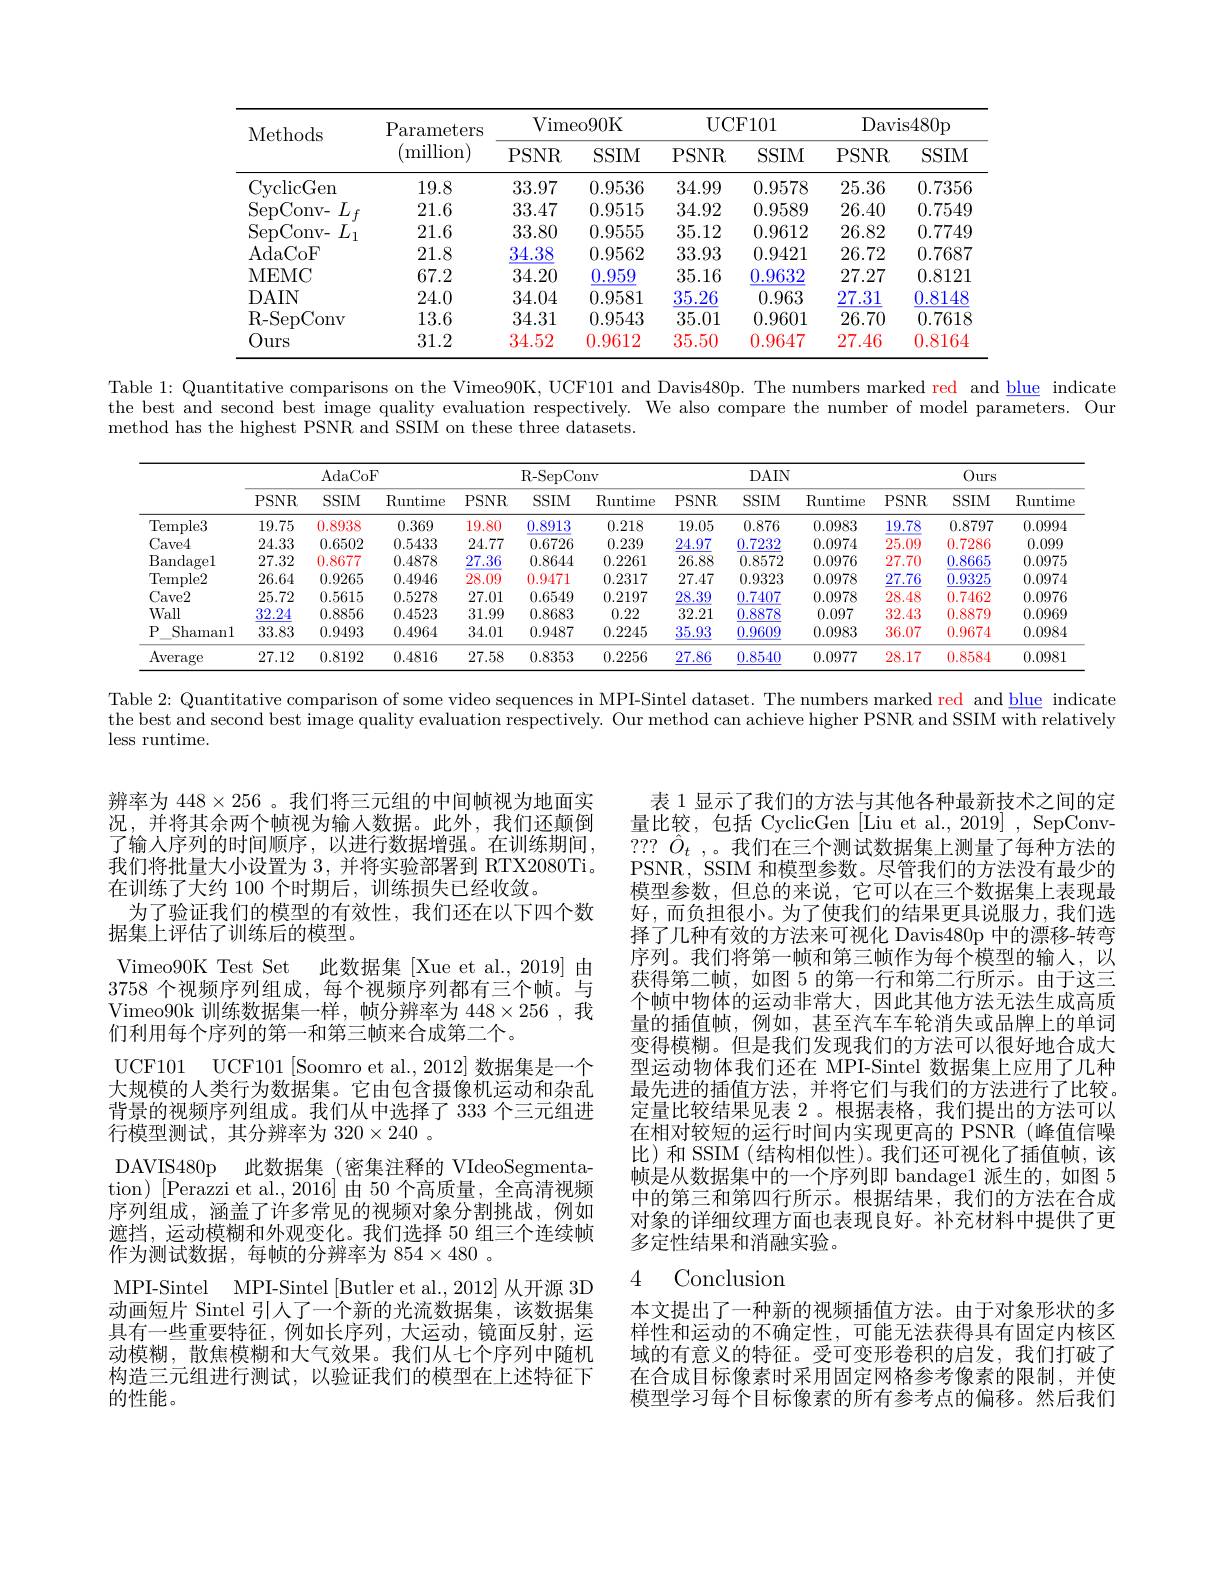
<table>
	<tbody>
		<tr>
			<th rowspan="2">Methods</th>
			<th rowspan="2">$\mathrm{P}_{i}$ arameters (million)</th>
			<th colspan="2">Vimeo90K</th>
			<th colspan="2">UCF101</th>
			<th colspan="2">Davis480p</th>
		</tr>
		<tr>
			<th>$PSNR$</th>
			<th>$SSIM$</th>
			<th>$PSNR$</th>
			<th>$SSIM$</th>
			<th>PSNR</th>
			<th>$SSIM$</th>
		</tr>
		<tr>
			<td>CyclicGen</td>
			<td>19.8</td>
			<td>33.97</td>
			<td>0.9536</td>
			<td>34.99</td>
			<td>0.9578</td>
			<td>25.36</td>
			<td>0.7356</td>
		</tr>
		<tr>
			<td>SepConv- $L$ $f$</td>
			<td>21.6</td>
			<td>33.47</td>
			<td>0.9515</td>
			<td>34.92</td>
			<td>0.9589</td>
			<td>26.40</td>
			<td>0.7549</td>
		</tr>
		<tr>
			<td>SepConv- $L_{1}$</td>
			<td>21.6</td>
			<td>33.80</td>
			<td>0.9555</td>
			<td>35.12</td>
			<td>0.9612</td>
			<td>26.82</td>
			<td>0.7749</td>
		</tr>
		<tr>
			<td>AdaCoF</td>
			<td>21.8</td>
			<td>34.38</td>
			<td>0.9562</td>
			<td>33.93</td>
			<td>0.9421</td>
			<td>26.72</td>
			<td>0.7687</td>
		</tr>
		<tr>
			<td>MEMC</td>
			<td>67.2</td>
			<td>34.20</td>
			<td>0.959</td>
			<td>35.16</td>
			<td>0.9632</td>
			<td>27.27</td>
			<td>0.8121</td>
		</tr>
		<tr>
			<td>DAIN</td>
			<td>24.0</td>
			<td>34.04</td>
			<td>0.9581</td>
			<td>35.26</td>
			<td>0.963</td>
			<td>27.31</td>
			<td>0.8148</td>
		</tr>
		<tr>
			<td>R- SepConv</td>
			<td>13.6</td>
			<td>34.31</td>
			<td>0.9543</td>
			<td>35.01</td>
			<td>0.9601</td>
			<td>26.70</td>
			<td>0.7618</td>
		</tr>
		<tr>
			<td>Ours</td>
			<td>31.2</td>
			<td>34.52</td>
			<td>0.9612</td>
			<td>35.50</td>
			<td>0.9647</td>
			<td>27.46</td>
			<td>0.8164</td>
		</tr>
	</tbody>
</table>

Table 1: Quantitative comparisons on the Vimeo90K, UCF101 and Davis480p. The numbers marked red and blue indicate the best and second best image quality evaluation respectively. We also compare the number of model parameters. Our method has the highest PSNR and SSIM on these three datasets.

<table>
	<tbody>
		<tr>
			<th> </th>
			<th colspan="3">AdaCoF</th>
			<th colspan="3">R- SepConv</th>
			<th colspan="3">$DAIN$</th>
			<th colspan="3">Ours</th>
		</tr>
		<tr>
			<th> </th>
			<th>PSNR</th>
			<th>SSIM</th>
			<th>$\operatorname{Runtime}$</th>
			<th>PSNR</th>
			<th>SSIM</th>
			<th>$\operatorname{Runtime}$</th>
			<th>PSNR</th>
			<th>SSIM</th>
			<th>$\operatorname{Runtime}$</th>
			<th>PSNR</th>
			<th>SSIM</th>
			<th>$\operatorname{Runtime}$</th>
		</tr>
		<tr>
			<td>Temple3</td>
			<td>19.75</td>
			<td>0.8938</td>
			<td>0.369</td>
			<td>19.80</td>
			<td>0.8913</td>
			<td>0.218</td>
			<td>19.05</td>
			<td>0.876</td>
			<td>0.0983</td>
			<td>19.78</td>
			<td>0.8797</td>
			<td>0.0994</td>
		</tr>
		<tr>
			<td>$Cave4$</td>
			<td>24.33</td>
			<td>0.6502</td>
			<td>0.5433</td>
			<td>24.77</td>
			<td>0.6726</td>
			<td>0.239</td>
			<td>24.97</td>
			<td>0.7232</td>
			<td>0.0974</td>
			<td>25.09</td>
			<td>0.7286</td>
			<td>0.099</td>
		</tr>
		<tr>
			<td>$\mathbf{B};$ ${\mathrm{andagel}}$</td>
			<td>27.32</td>
			<td>0.8677</td>
			<td>0.4878</td>
			<td>27.36</td>
			<td>0.8644</td>
			<td>0.2261</td>
			<td>26.88</td>
			<td>0.8572</td>
			<td>0.0976</td>
			<td>27.70</td>
			<td>0.8665</td>
			<td>0.0975</td>
		</tr>
		<tr>
			<td>$\operatorname{Temple2}$</td>
			<td>26.64</td>
			<td>0.9265</td>
			<td>0.4946</td>
			<td>28.09</td>
			<td>0.9471</td>
			<td>0.2317</td>
			<td>27.47</td>
			<td>0.9323</td>
			<td>0.0978</td>
			<td>27.76</td>
			<td>0.9325</td>
			<td>0.0974</td>
		</tr>
		<tr>
			<td>Cave2</td>
			<td>25.72</td>
			<td>0.5615</td>
			<td>0.5278</td>
			<td>27.01</td>
			<td>0.6549</td>
			<td>0.2197</td>
			<td>28.39</td>
			<td>0.7407</td>
			<td>0.0978</td>
			<td>28.48</td>
			<td>0.7462</td>
			<td>0.0976</td>
		</tr>
		<tr>
			<td>Wall</td>
			<td>32.24</td>
			<td>0.8856</td>
			<td>0.4523</td>
			<td>31.99</td>
			<td>0.8683</td>
			<td>0.22</td>
			<td>32.21</td>
			<td>0.8878</td>
			<td>0.097</td>
			<td>32.43</td>
			<td>0.8879</td>
			<td>0.0969</td>
		</tr>
		<tr>
			<td>$P$ $\underline{Shaman1}$</td>
			<td>33.83</td>
			<td>0.9493</td>
			<td>0.4964</td>
			<td>34.01</td>
			<td>0.9487</td>
			<td>0.2245</td>
			<td>$\underline{35.93}$</td>
			<td>0.9609</td>
			<td>0.0983</td>
			<td>36.07</td>
			<td>0.9674</td>
			<td>0.0984</td>
		</tr>
		<tr>
			<td>Average</td>
			<td>27.12</td>
			<td>0.8192</td>
			<td>0.4816</td>
			<td>27.58</td>
			<td>0.8353</td>
			<td>0.2256</td>
			<td>27.86</td>
			<td>0.8540</td>
			<td>0.0977</td>
			<td>28.17</td>
			<td>0.8584</td>
			<td>0.0981</td>
		</tr>
	</tbody>
</table>

Table 2: Quantitative comparison of some video sequences in MPI-Sintel dataset. The numbers marked red and blue indicate

the best and second best image quality evaluation respectively. Our method can achieve higher PSNR and SSIM with relatively

less runtime.

表 1 显示了我们的方法与其他各种最新技术之间的定量比较，包括 CyclicGen [Liu et al., 2019] , SepConv- ??? $\hat{O}_t$ ,。我们在三个测试数据集上测量了每种方法的PSNR, SSIM 和模型参数。尽管我们的方法没有最少的模型参数，但总的来说，它可以在三个数据集上表现最好，而负担很小。为了使我们的结果更具说服力，我们选择了几种有效的方法来可视化 Davis480p 中的漂移-转弯序列。我们将第一帧和第三帧作为每个模型的输人，以获得第二帧，如图 5 的第一行和第二行所示。由于这三个帧中物体的运动非常大，因此其他方法无法生成高质量的插值帧，例如，甚至汽车车轮消失或品牌上的单词变得模糊。但是我们发现我们的方法可以很好地合成大型运动物体我们还在 MPI-Sintel 数据集上应用了几种最先进的插值方法，并将它们与我们的方法进行了比较。定量比较结果见表 2。根据表格，我们提出的方法可以在相对较短的运行时间内实现更高的 PSNR(峰值信噪比)和 SSIM (结构相似性)。我们还可视化了插值帧，该帧是从数据集中的一个序列即 bandage1 派生的，如图5中的第三和第四行所示。根据结果，我们的方法在合成对象的详细纹理方面也表现良好。补充材料中提供了更多定性结果和消融实验。

辨率为$448\times256$ 。我们将三元组的中间帧视为地面实况，并将其余两个帧视为输入数据。此外，我们还颠倒了输入序列的时间顺序，以进行数据增强。在训练期间， 我们将批量大小设置为3，并将实验部署到 RTX2080Ti。在训练了大约 100 个时期后，训练损失已经收敛。
为了验证我们的模型的有效性，我们还在以下四个数
据集上评估了训练后的模型。
Vimeo90K Test Set 此数据集 [Xue et al., 2019] 由3758个视频序列组成，每个视频序列都有三个帧。与Vimeo90k 训练数据集一样，帧分辨率为 448$\times256$ ,我们利用每个序列的第一和第三帧来合成第二个。
UCF101 UCF101[Soomro et al., 2012] 数据集是一个大规模的人类行为数据集。它由包含摄像机运动和杂乱背景的视频序列组成。我们从中选择了 333 个三元组进行模型测试，其分辨率为 320$\times240$ 。
DAVIS480p 此数据集 (密集注释的 VIdeoSegmentation) [Perazzi et al.,2016]由 50 个高质量，全高清视频序列组成，涵盖了许多常见的视频对象分割挑战，例如遮挡，运动模糊和外观变化。我们选择 50 组三个连续帧作为测试数据，每帧的分辨率为 854×480 。
MPI-Sintel MPI-Sintel [Butler et al., 2012] 从开源 3D 动画短片 Sintel 引人了一个新的光流数据集，该数据集具有一些重要特征，例如长序列，大运动，镜面反射，运动模糊，散焦模糊和大气效果。我们从七个序列中随机构造三元组进行测试，以验证我们的模型在上述特征下的性能。

## 4 Conclusion

本文提出了一种新的视频插值方法。由于对象形状的多样性和运动的不确定性，可能无法获得具有固定内核区域的有意义的特征。受可变形卷积的启发，我们打破了在合成目标像素时采用固定网格参考像素的限制，并使模型学习每个目标像素的所有参考点的偏移。然后我们